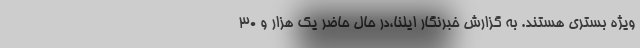
ویژه بستری هستند. به گزارش خبرنگار ایلنا،در حال حاضر یک هزار و ۳۰